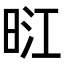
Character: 𭥺